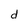
Character: d